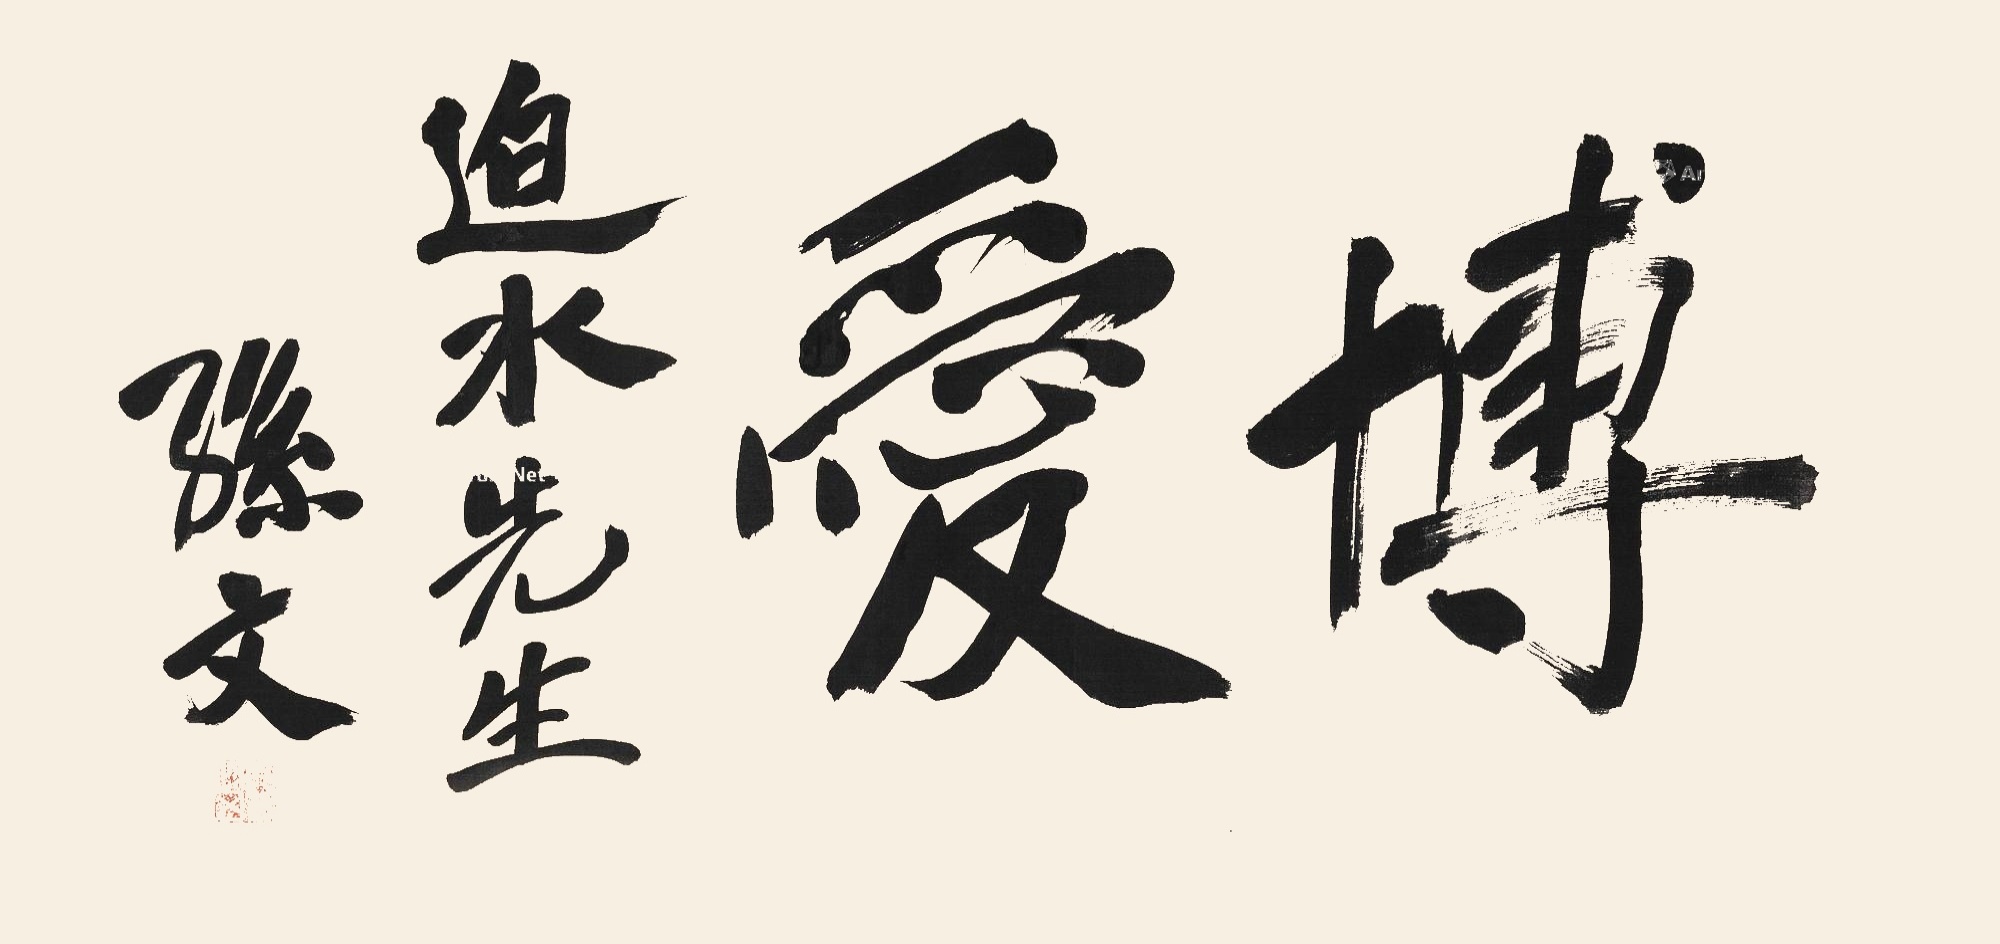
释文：博爱迫水先生，孙文。